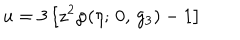
u = 3 \left[ z ^ { 2 } \wp ( \eta ; \, 0 , \, g _ { 3 } ) - 1 \right]